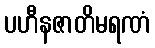
ပဟီနဇာတိမရဏံ